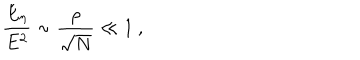
LaTeX: \frac { E _ { \eta } } { E ^ { 2 } } \sim \frac { \rho } { \sqrt { N } } \ll 1 \ ,